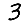
Digit: 3